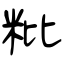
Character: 粃